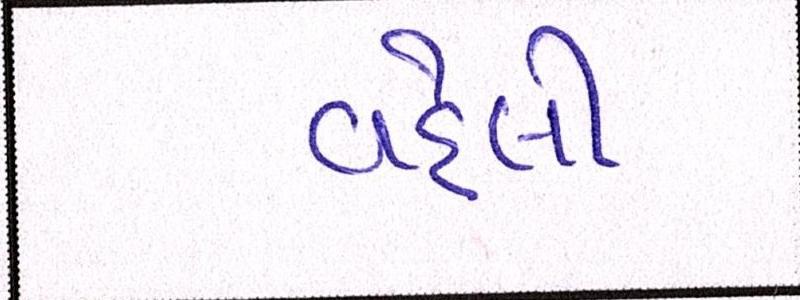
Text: વહેલી